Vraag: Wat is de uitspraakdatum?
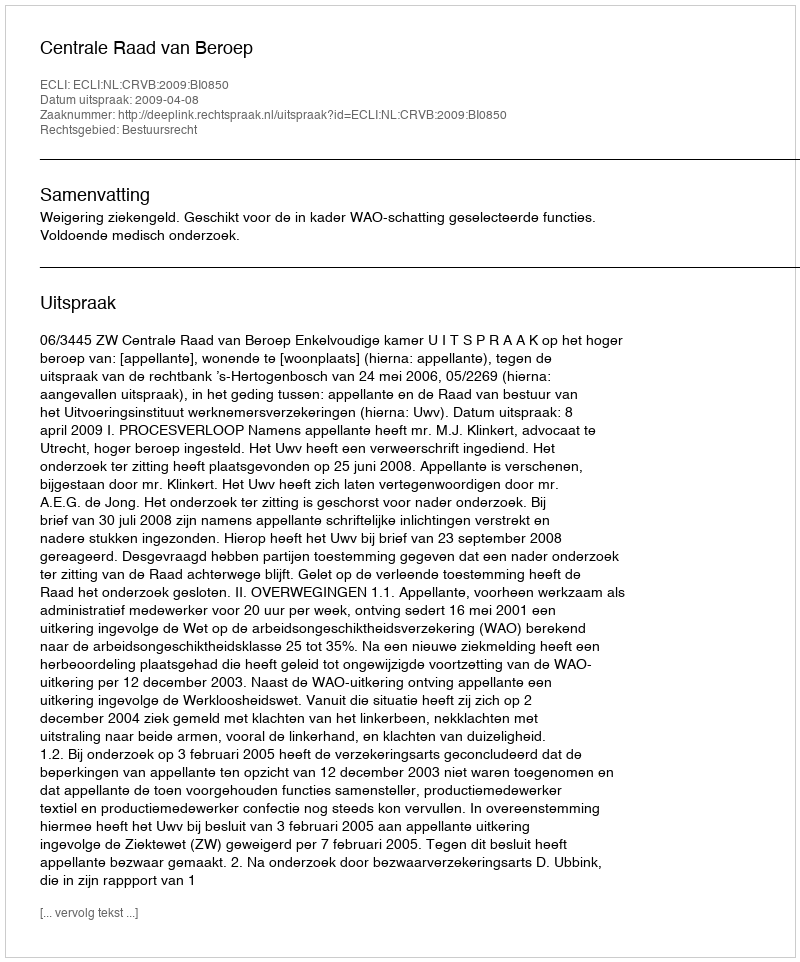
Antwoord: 2009-04-08